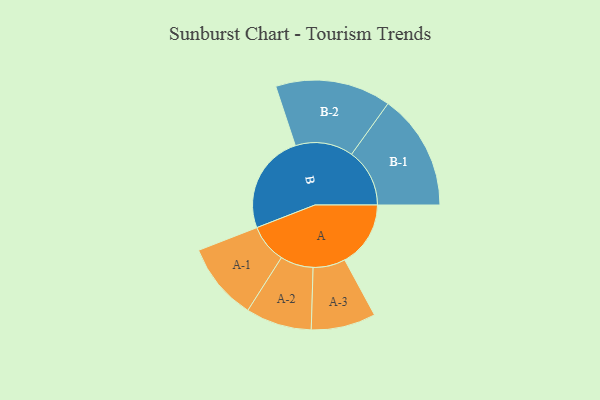
{"axis": {"x": "Segment", "y": "Value"}, "legend": ["", "A", "B"], "data": [{"x": "A", "y": 304, "type": ""}, {"x": "B", "y": 459, "type": ""}, {"x": "A-1", "y": 179, "type": "A"}, {"x": "A-2", "y": 152, "type": "A"}, {"x": "A-3", "y": 149, "type": "A"}, {"x": "B-1", "y": 268, "type": "B"}, {"x": "B-2", "y": 267, "type": "B"}]}